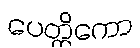
ပေတ္တိကော